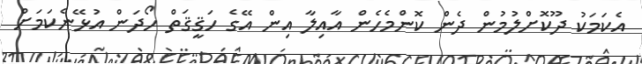
އެކަމަކު ދޫކޮށްލުމުން ދެން ކޮންމެހެން އާއިލާ އިން އޭގެ ހަޤީޤަތް ހޯދަން އުޅޭނެކަމަށް